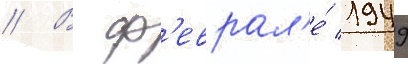
// В ф'еврал'е́ 1949